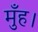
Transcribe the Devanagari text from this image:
मुँह।